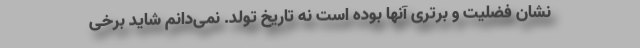
نشان فضلیت و برتری آنها بوده است نه تاریخ تولد. نمی‌دانم شاید برخی